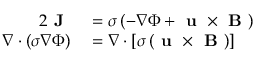
\begin{array} { r l } { { 2 } \textbf { J } } & { { } = \sigma \left( - \nabla \Phi + \textbf { u } \times \textbf { B } \right) } \\ { \nabla \cdot \left( \sigma \nabla \Phi \right) } & { { } = \nabla \cdot \left[ \sigma \left( \textbf { u } \times \textbf { B } \right) \right] } \end{array}